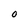
Character: O